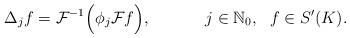
LaTeX: \begin{align*}\Delta_j f = \mathcal{F}^{-1} \Big(\phi_j \mathcal{F}f\Big),~~~~~~~~~~j \in \mathbb{N}_0,~~f \in S^{\prime}(K).\end{align*}